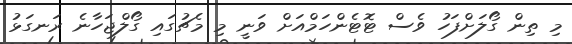
މި ތިން ގޯލަށްފަހު ވެސް ޓޮޓެންހަމްއަށް ވަނީ މި މެޗުގައި ގޯލްޖަހާނެ ރަނގަޅު